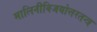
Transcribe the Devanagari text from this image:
मालिनीविजयोत्तरतन्त्र